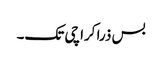
بس ذرا کراچی تک۔